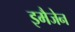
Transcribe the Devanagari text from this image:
इमैजेन